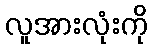
လူအားလုံးကို